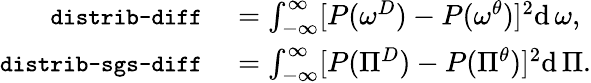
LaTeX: \begin{array}{rl}{\texttt{\small distrib-diff}}&{{}=\int_{-\infty}^{\infty}[P(\omega^{D})-P(\omega^{\theta})]^{2}\mathrm{d}\, \omega,}\\ {\texttt{\small distrib-sgs-diff}}&{{}=\int_{-\infty}^{\infty}[P(\Pi^{D})-P(\Pi^{\theta})]^{2}\mathrm{d}\, \Pi.}\end{array}